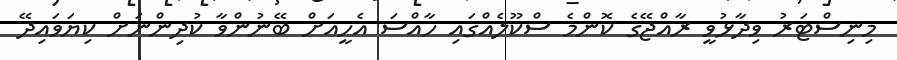
މިނިސްޓަރު ވިދާޅުވީ ރާއްޖޭގެ ކޮންމެ ސްކޫލެއްގައި ހާއްސަ އެހީއަށް ބޭނުންވާ ކުދިންނަށް ކިޔަވައިދޭ